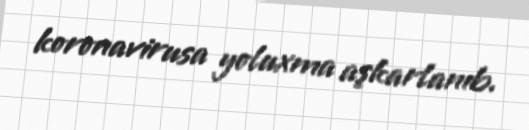
koronavirusa yoluxma aşkarlanıb.